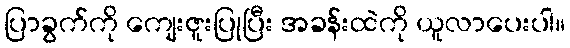
ပြာခွက်ကို ကျေးဇူးပြုပြီး အခန်းထဲကို ယူလာပေးပါ။